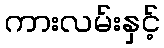
ကားလမ်းနှင့်